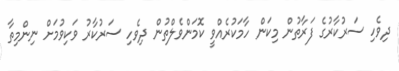
ދިވެހި ސަރުކާރުގެ ފަރާތުން މިކަން ހާމަކުރެއްވީ ކޮމަންވެލްތުން ދިވެހި ސަރުކާރު ވަކިވުމަށް ނިންމިތާ